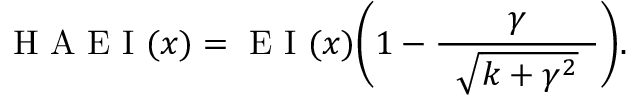
\mathrm { ~ H ~ A ~ E ~ I ~ } ( \boldsymbol { x } ) = \mathrm { ~ E ~ I ~ } ( \boldsymbol { x } ) \Bigg ( 1 - \frac { \gamma } { \hphantom { e } \vphantom { \big | } \sqrt { k + \gamma ^ { 2 } } \hphantom { e } } \Bigg ) .